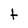
Character: t